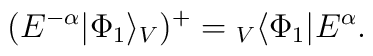
(E^{-\alpha}|\Phi_1\rangle_V)^+={}_V\langle\Phi_1 |E^\alpha.